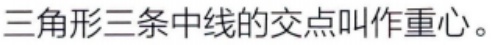
三角形三条中线的交点叫作重心。